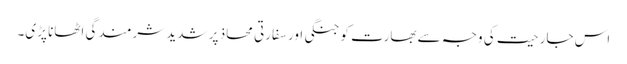
اس جارحیت کی وجہ سے بھارت کو جنگی اور سفارتی محاذ پر شدید شرمندگی اٹھانا پڑی۔